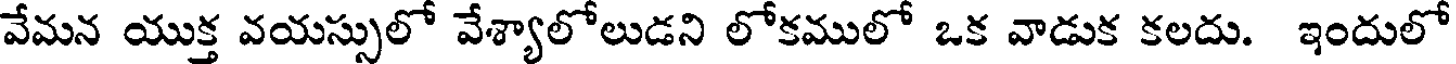
వేమన యుక్త వయస్సులో వేశ్యాలోలుడని లోకములో ఒక వాడుక కలదు. ఇందులో